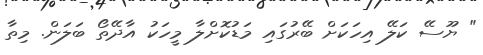
" ޔޫސޭ ކަލޭ އިހަކަށް ބޭރުގައި މަޑުކޮށްލާ މީހަކު އާދޭތޯ ބަލަން. މިތާ